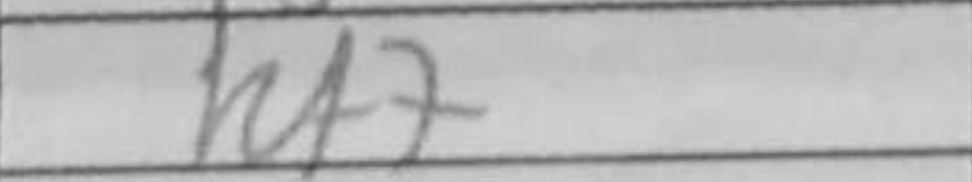
Transcription: Rf7